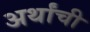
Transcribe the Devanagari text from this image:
अर्थांची